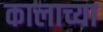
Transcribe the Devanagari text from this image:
कालाच्या